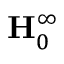
\mathbf { H } _ { 0 } ^ { \infty }